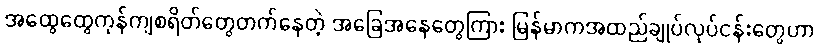
အထွေထွေကုန်ကျစရိတ်တွေတက်နေတဲ့ အခြေအနေတွေကြား မြန်မာကအထည်ချုပ်လုပ်ငန်းတွေဟာ